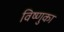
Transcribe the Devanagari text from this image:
विष्णुका